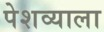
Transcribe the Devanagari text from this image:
पेशव्याला